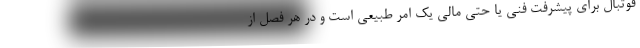
فوتبال برای پیشرفت فنی یا حتی مالی یک امر طبیعی است و در هر فصل از